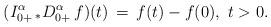
LaTeX: \begin{align*} (I_{0+}^\alpha\, _*D_{0+}^\alpha \, f)(t)\, =\, f(t) - f(0),\ t>0.\end{align*}